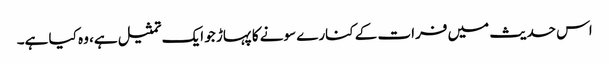
اس حدیث میں فرات کے کنارے سونے کا پہاڑ جو ایک تمثیل ہے، وہ کیا ہے۔